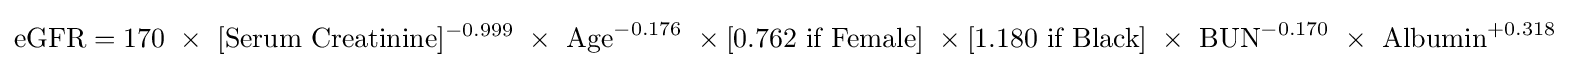
{\text{eGFR}}={\text{170}}\ \times \ [{\text{Serum Creatinine}}]^{-0.999}\ \times \ {\text{Age}}^{-0.176}\ \times {\text{[0.762 if Female]}}\ \times {\text{[1.180 if Black]}}\ \times \ {\text{BUN}}^{-0.170}\ \times \ {\text{Albumin}}^{+0.318}